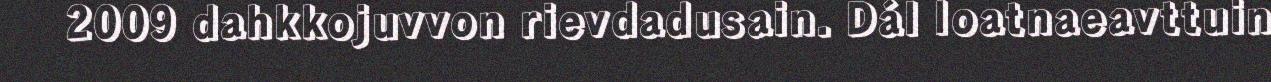
2009 dahkkojuvvon rievdadusain. Dál loatnaeavttuin